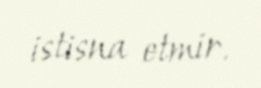
istisna etmir.